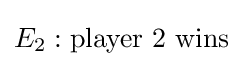
E_{2}:\mathrm {player\ 2\ wins}